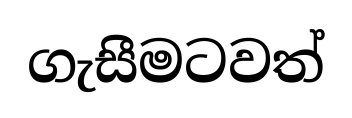
ගැසීමටවත්